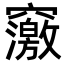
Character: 𥨿